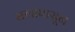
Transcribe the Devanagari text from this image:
सलापासून